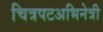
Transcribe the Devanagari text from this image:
चित्रपटअभिनेत्री